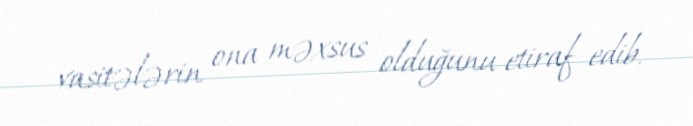
vasitələrin ona məxsus olduğunu etiraf edib.